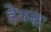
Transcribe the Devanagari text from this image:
हेवक